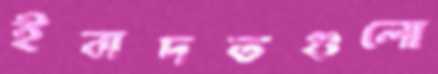
ইবাদতগুলো